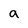
Character: a